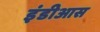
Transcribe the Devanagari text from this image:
इंडीआस